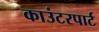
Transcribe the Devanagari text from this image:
काउंटरपार्ट